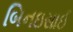
બિનઇસાઈ